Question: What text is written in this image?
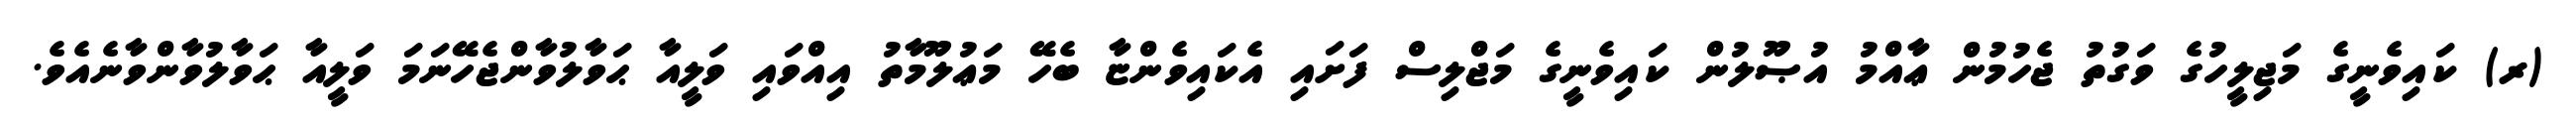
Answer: (ރ) ކައިވެނީގެ މަޖިލީހުގެ ވަގުތު ޖެހުމުން ޢާއްމު އުޞޫލުން ކައިވެނީގެ މަޖްލިސް ފަށައި އެކައިވެންޏާ ބެހޭ މަޢުލޫމާތު އިއްވައި ވަލީއާ ޙަވާލުވާންޖެހޭނަމަ ވަލީއާ ޙަވާލުވާންވާނެއެވެ.